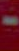
-